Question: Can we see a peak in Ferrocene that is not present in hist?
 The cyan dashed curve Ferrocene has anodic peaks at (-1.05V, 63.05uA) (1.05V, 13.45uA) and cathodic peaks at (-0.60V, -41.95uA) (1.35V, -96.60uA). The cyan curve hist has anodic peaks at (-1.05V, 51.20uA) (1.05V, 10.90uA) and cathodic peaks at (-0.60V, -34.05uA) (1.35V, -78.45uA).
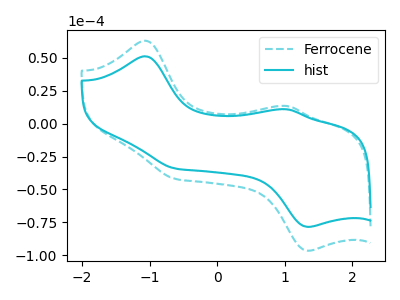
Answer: <think>All the peaks in "Ferrocene" have a peak in "hist" at the same potential. Every peak in "Ferrocene" is higher than every peak in "hist".
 </think>
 <answer>No, "Ferrocene" and "hist" don't appear to be significantly different in shape</answer>
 <eval>no_change</eval>